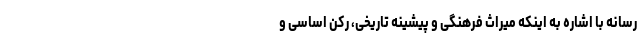
رسانه با اشاره به اینکه میراث فرهنگی و پیشینه تاریخی، رکن اساسی و